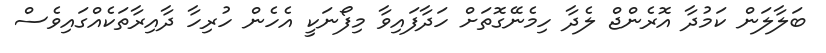
ބަލާލަން ކަމުދާ އޮރެންޖް ލެދާ ހިމެނޭގޮތަށް ހަދާފައިވާ މިފޯނަކީ އެހެން ހުރިހާ ދާއިރާތަކެއްގައިވެސް